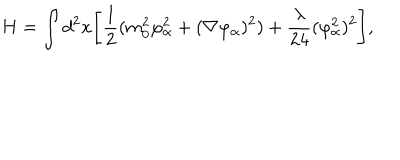
LaTeX: H = \int d ^ { 2 } x \Biggl [ { \frac { 1 } { 2 } } ( m _ { 0 } ^ { 2 } \varphi _ { \alpha } ^ { 2 } + ( \nabla \varphi _ { \alpha } ) ^ { 2 } ) + { \frac { \lambda } { 2 4 } } ( \varphi _ { \alpha } ^ { 2 } ) ^ { 2 } \Biggr ] , \,